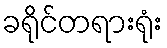
ခရိုင်တရားရုံး